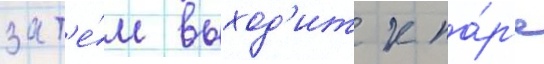
зат'е́м выход'ит к па́р'е